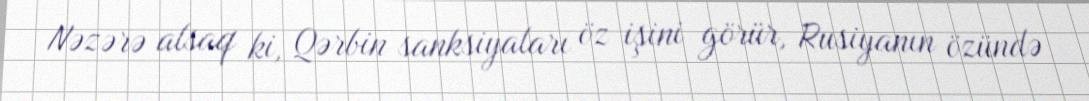
Nəzərə alsaq ki, Qərbin sanksiyaları öz işini görür, Rusiyanın özündə